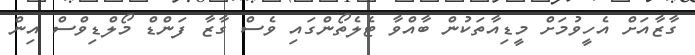
ގާޒާއަށް އެހީވުމަށް މީޑިއާތަކުން ބާއްވާ ޓެލެތޯންގައި ވެސް ގާޒާ ފަންޑް މޯލްޑިވްސް އިން